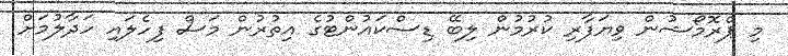
މި ޕްރޮމޯޝުން ވިޔަފާރި ކުރުމުން ލިބޭ ޑިސްކައުންޓުގެ އިތުރުން މަސް ފިހެލައި ހަދާލުމަށް